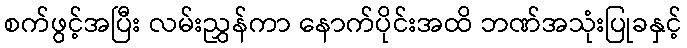
စက်ဖွင့်အပြီး လမ်းညွှန်ကာ နောက်ပိုင်းအထိ ဘဏ်အသုံးပြုခနှင့်